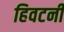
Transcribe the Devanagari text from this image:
हिवटनी